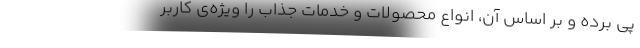
پی برده و بر اساس آن، انواع محصولات و خدمات جذاب را ویژه‌ی کاربر